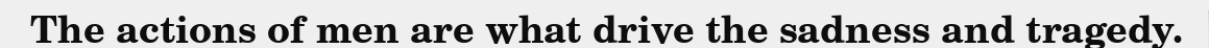
The actions of men are what drive the sadness and tragedy.